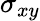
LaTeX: \sigma_{xy}